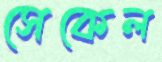
সেকেল